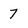
Character: 7